Annual report of the Punjab Veterinary College and of the Civil Veterinary Department, Punjab - 1926-1932
Year: 1926
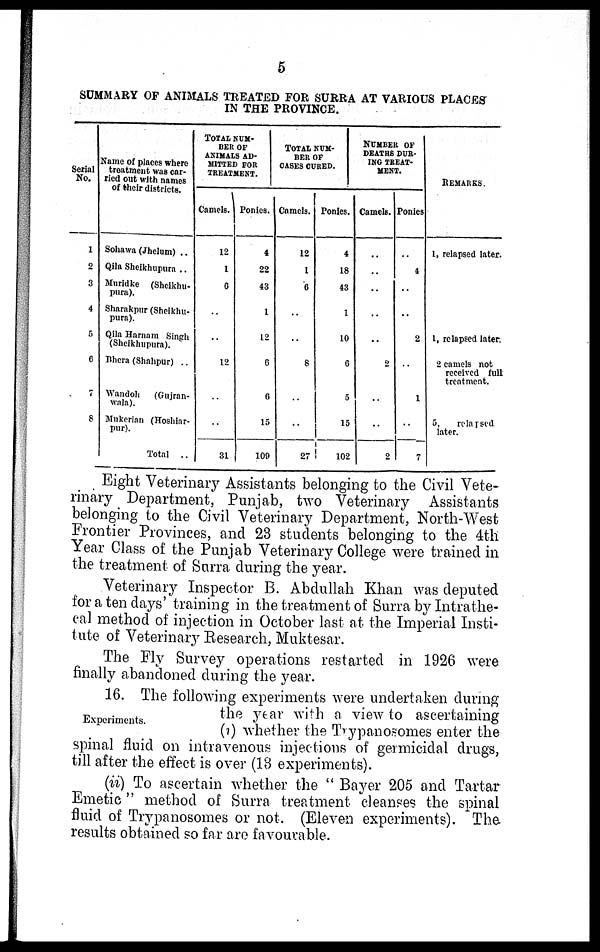
5
SUMMARY OF ANIMALS TREATED FOR SURRA AT VARIOUS PLACES
IN THE PROVINCE.
Serial
No.
1
2
3
4
5
6
7
8
Name of places where
treatment was car-
ried out with names
of their districts.
Sohawa (Jhelum) ..
Qila Sheikhupura ..
Muridke (Sheikhu-
pura).
Sharakpur (Sheikhu-
pura).
Qila Harnam Singh
(Sheikhupura).
Bhera (Shahpur) ..
Wandoh
(Gnjran-
wala).
Mukerian (Hoshiar-
pur).
Total
..
TOTAL NUM-
BER OF
ANIMALS AD-
MITTED FOR
TREATMENT.
Camels.
12
1
6
..
..
12
..
..
31
Ponies.
4
22
43
1
12
6
6
15
109
TOTAL NUM-
BER OF
CASES CURED.
Camels.
12
1
6
..
..
8
..
..
27
Ponies.
4
18
43
1
10
6
5
15
102
NUMBER OF
DEATHS DUR-
ING TREAT-
MENT.
Camels.
..
..
..
..
..
2
..
..
2
Ponies
..
4
..
..
2
..
1
..
7
REMARKS.
1, relapsed later.
1, relapsed later.
2 camels not
received full
treatment.
5,
relapsed
later.
Eight Veterinary Assistants belonging to the Civil Vete-
rinary Department, Punjab, two Veterinary Assistants
belonging to the Civil Veterinary Department. North-West
Frontier Provinces, and 23 students belonging to the 4th
Year Class of the Punjab Veterinary College were trained in
the treatment of Surra during the year.
Veterinary Inspector B. Abdullah Khan was deputed
for a ten days' training in the treatment of Surra by Intrathe-
cal method of injection in October last at the Imperial Insti-
tute of Veterinary Research, Muktesar.
The Fly Survey operations restarted in 1926 were
finally abandoned during the year.
Experiments.
16. The following experiments were undertaken during
the year with a view to ascertaining
(i) whether the Trypanosomes enter the
spinal fluid on intravenous injections of germicidal drugs,
till after the effect is over (18 experiments).
(ii) To ascertain whether the "Bayer 205 and Tartar
Emetic" method of Surra treatment cleanses the spinal
fluid of Trypanosomes or not. (Eleven experiments). The
results obtained so far are favourable.